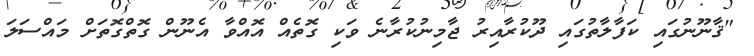
"ޤާނޫނުގައި ކަފާލާތުގައި ދޫކުރާއިރު ޖާމިނުކުރާނެ ވަކި ގޮތެއް އޮއްވާ އެނޫން ގޮތްގޮތަށް މައްސަލަ